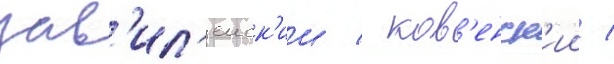
зав'ил'еиск'ии / ков'енск'ии /